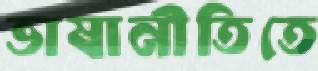
ভাষানীতিতে